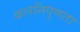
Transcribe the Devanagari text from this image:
कलनिपुणता